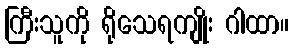
ကြီးသူကို ရိုသေရကျိုး ဂါထာ။